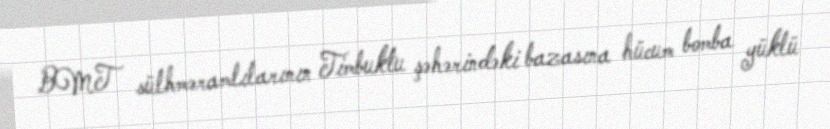
BMT sülhməramlılarının Timbuktu şəhərindəki bazasına hücum bomba yüklü